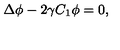
\Delta \phi - 2 \gamma C _ { 1 } \phi = 0 ,